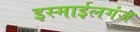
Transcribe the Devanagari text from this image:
इस्माईलगंज